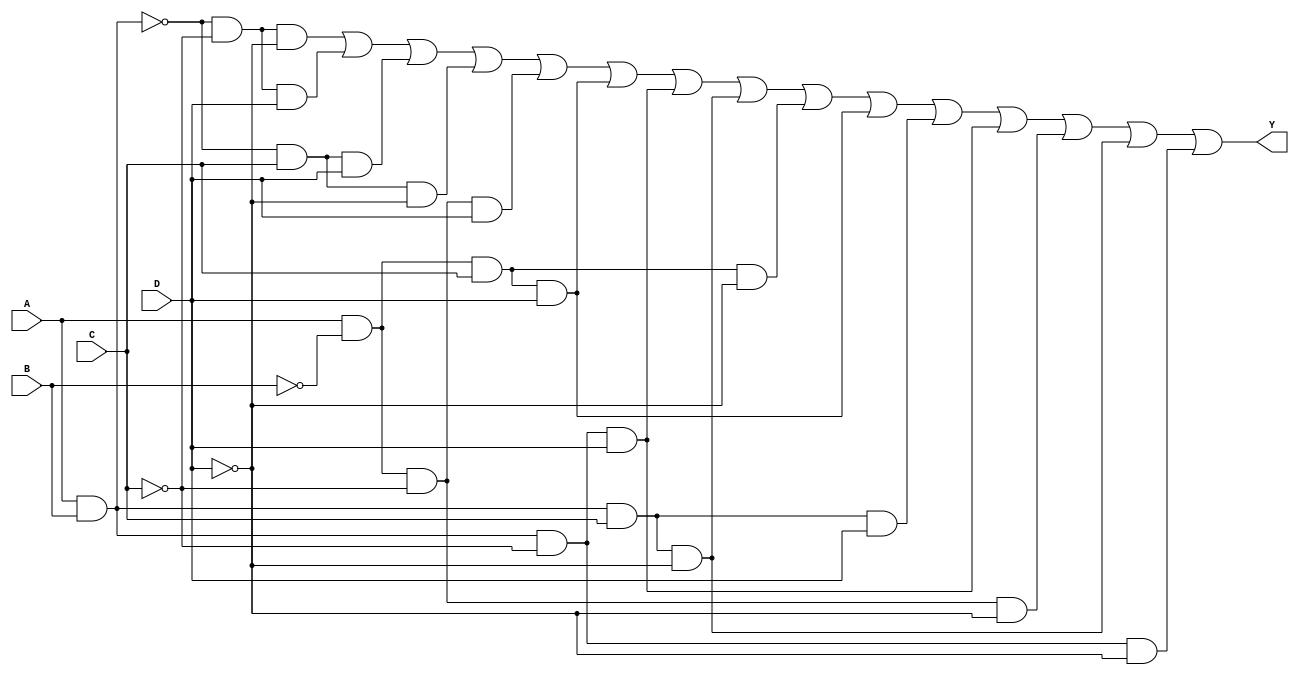
module four_variable_kmap (
    input wire A,      // First input variable
    input wire B,      // Second input variable
    input wire C,      // Third input variable
    input wire D,      // Fourth input variable
    output wire Y      // Output representing the simplified logical expression
);

// Define the simplified logic expression based on your K-map analysis.
// For this example, let's assume the following minterms result in Y = 1 based on the K-map:
assign Y = (A ~& B & ~C & ~D) |  // minterm 0
           (A ~& B & ~C & D)  |  // minterm 1
           (A ~& B & C & D)   |  // minterm 3
           (A ~& B & C & ~D)  |  // minterm 2
           (A & ~B & ~C & D)  |  // minterm 4
           (A & ~B & C & D)   |  // minterm 5
           (A & B & ~C & D)   |  // minterm 7
           (A & B & C & ~D)   |  // minterm 6
           (A & ~B & C & ~D)  |  // minterm 12
           (A & ~B & C & D)   |  // minterm 13
           (A & B & C & D)    |  // minterm 15
           (A & B & ~C & D)   |  // minterm 14
           (A & ~B & ~C & ~D) |  // minterm 8
           (A & B & C & ~D)   |  // minterm 9
           (A & B & ~C & ~D);    // minterm 11

endmodule